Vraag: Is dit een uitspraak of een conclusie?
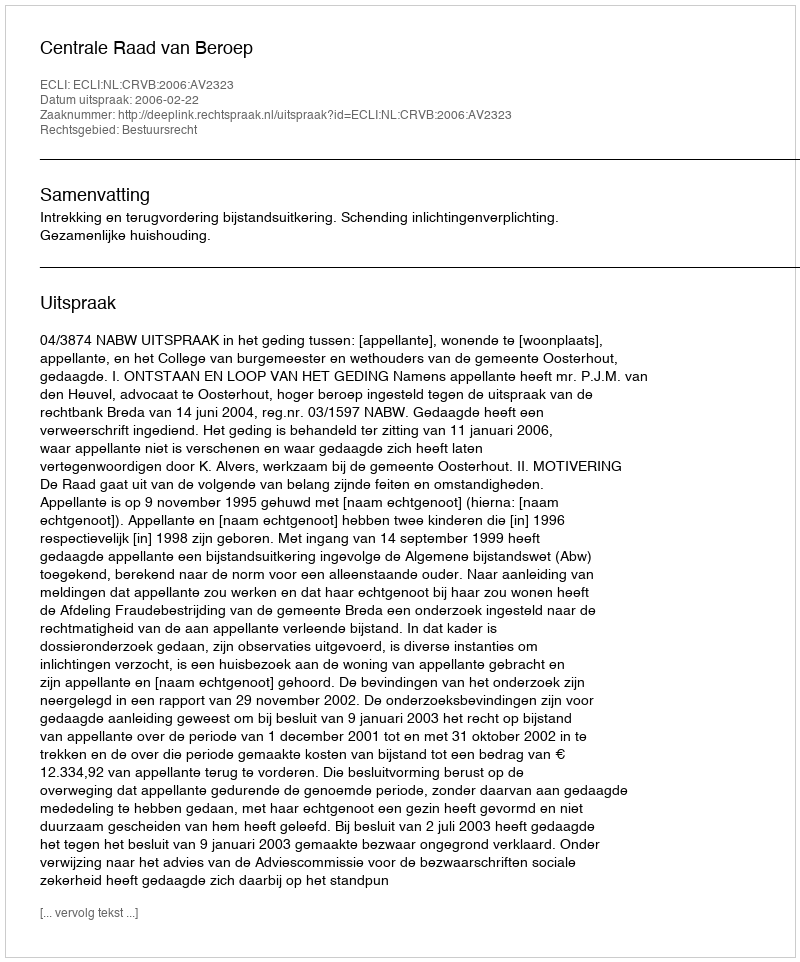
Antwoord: Uitspraak